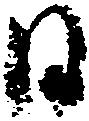
日